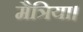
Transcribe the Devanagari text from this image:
मैत्रिया।